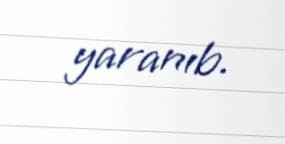
yaranıb.